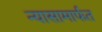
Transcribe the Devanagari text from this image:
न्यासामार्फत